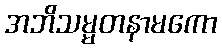
အဘိသမ္မတနာမကော